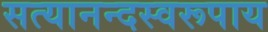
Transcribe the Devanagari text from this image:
सत्यानन्दस्वरूपाय